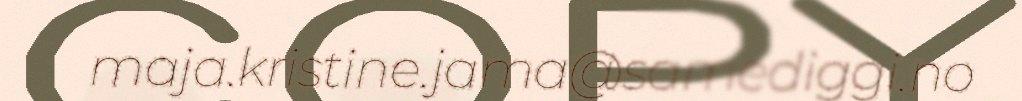
maja.kristine.jama@samediggi.no